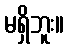
မရှိဘူး။